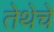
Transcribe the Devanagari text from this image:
तेथेचे